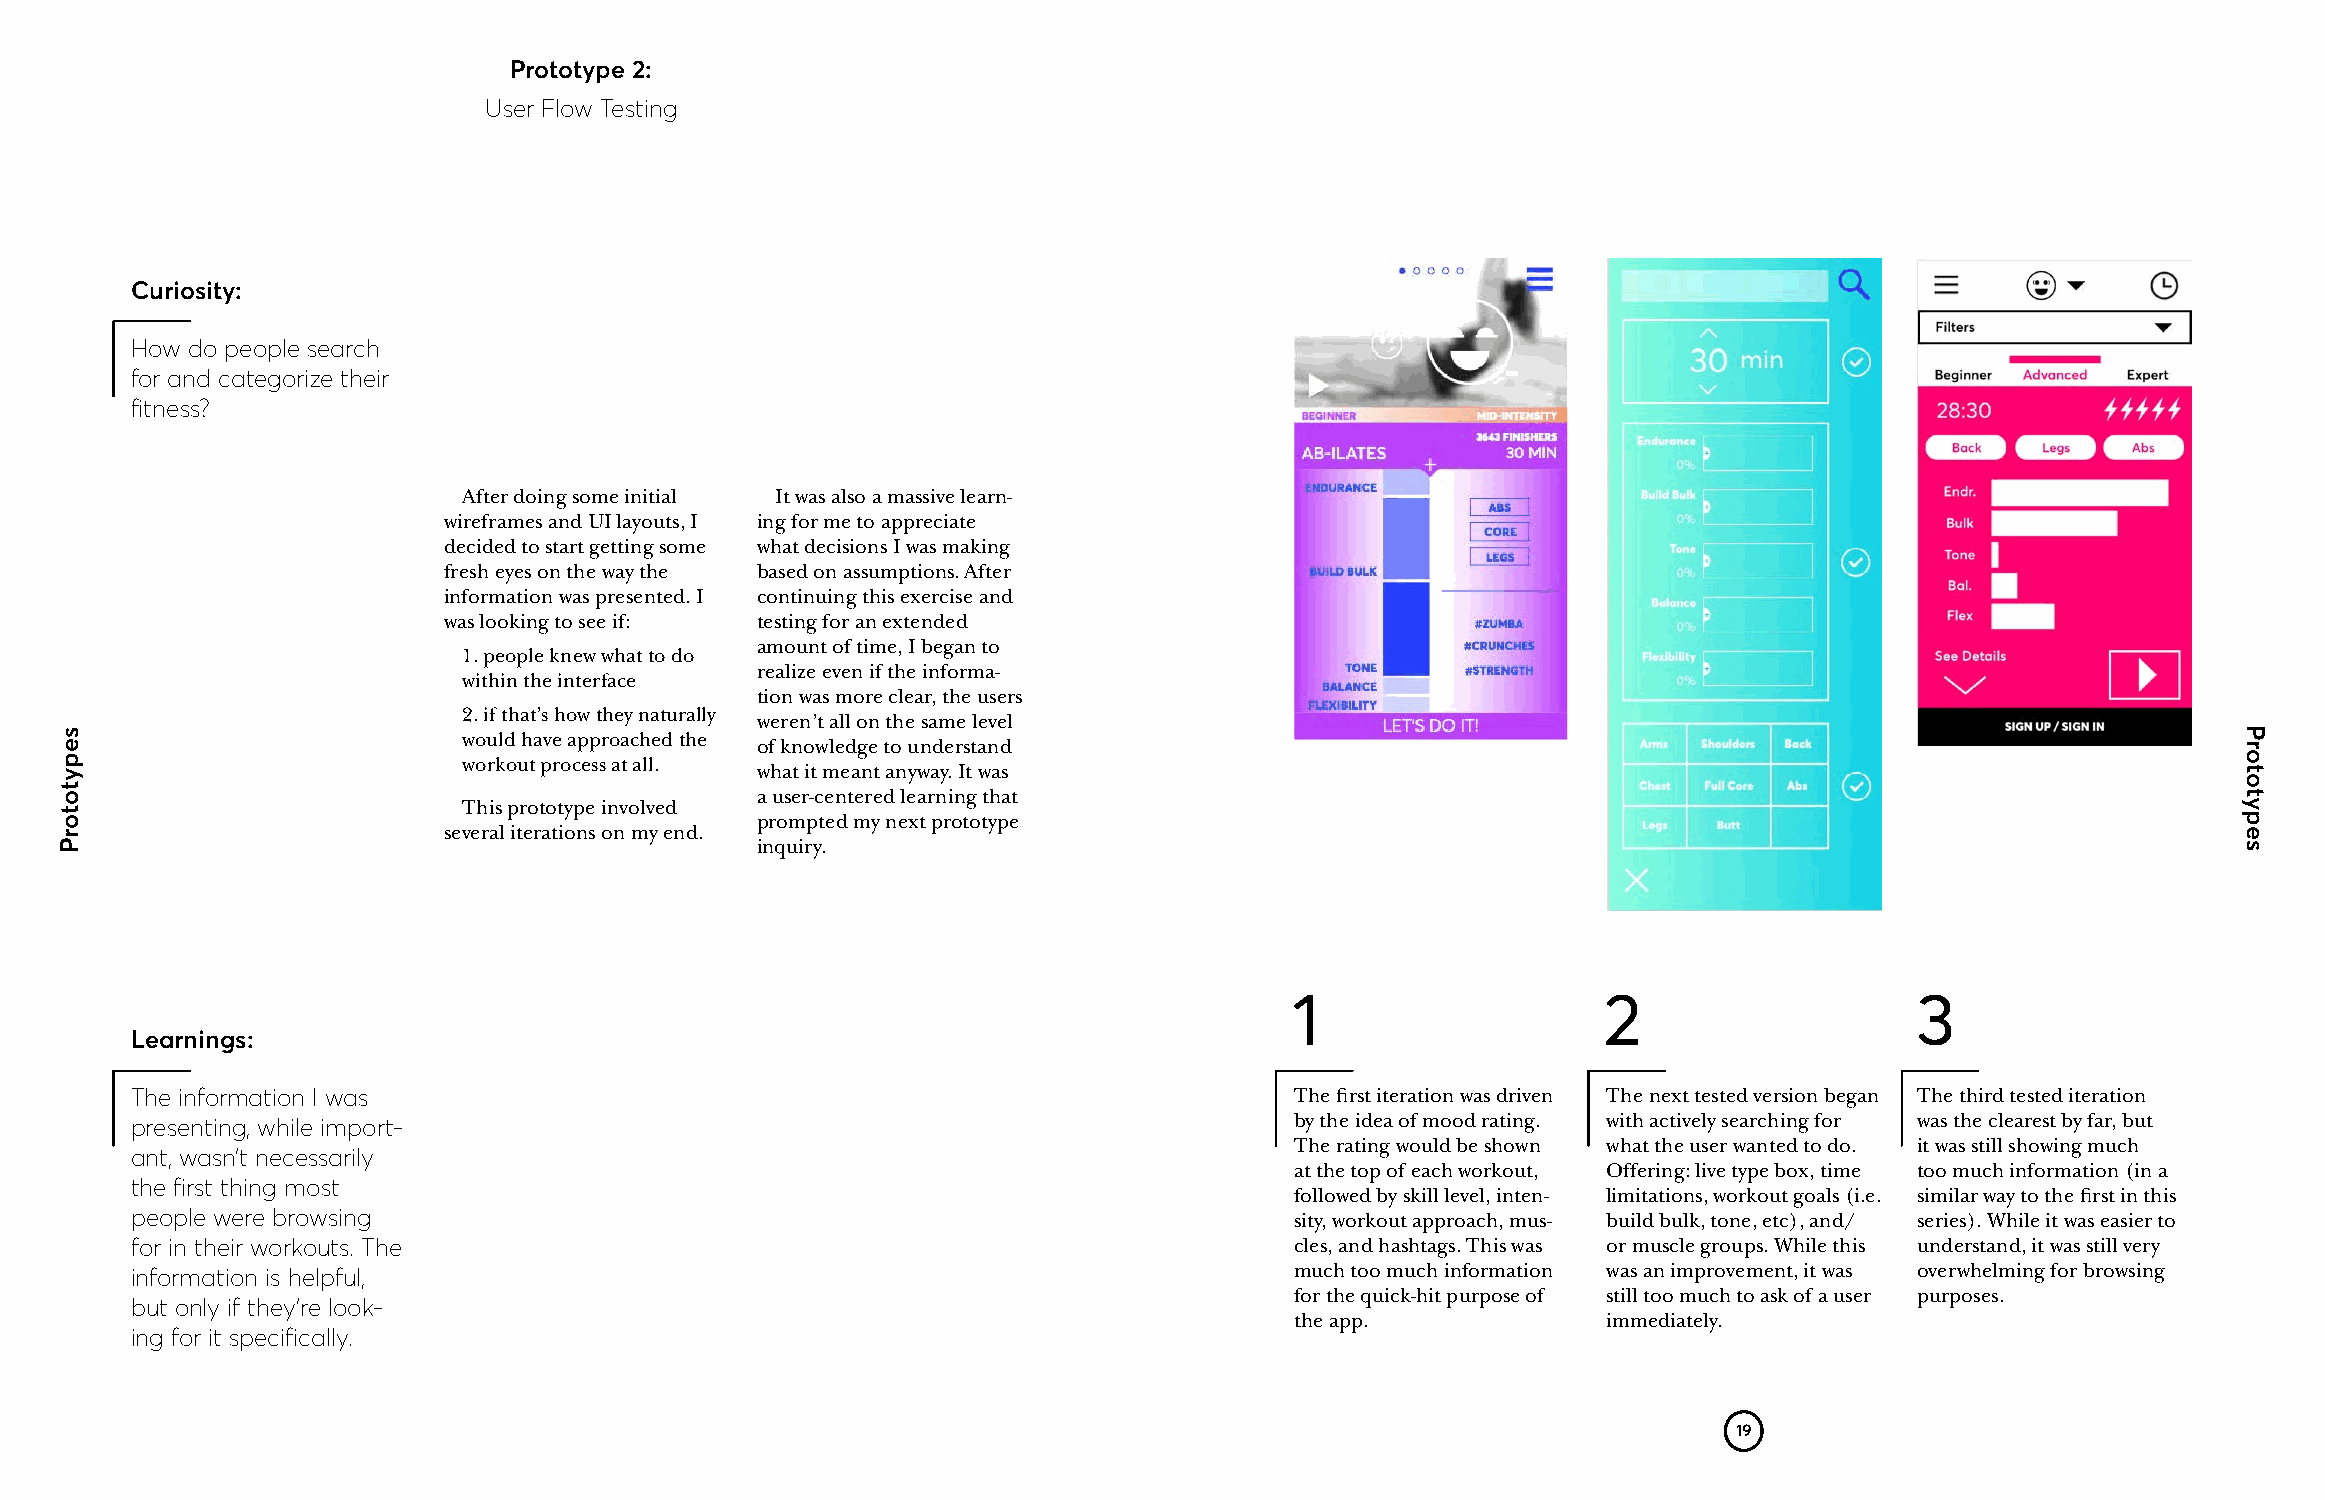
Prototype 2:
 User Flow Testing
 Curiosity:
 How do people search
 for and categorize their
 fitness?
 After doing some initial It was also a massive learn-
 wireframes and UI layouts, I ing for me to appreciate
 decided to start getting some what decisions I was making
 fresh eyes on the way the based on assumptions. After
 information was presented. I continuing this exercise and
 was looking to see if: testing for an extended
 amount of time, I began to
 1. people knew what to do
 realize even if the informa-
 within the interface
 tion was more clear, the users
 2. if that’s how they naturally weren’t all on the same level
 would have approached the of knowledge to understand
 workout process at all. what it meant anyway. It was
 a user-centered learning that
 This prototype involved
 prompted my next prototype
 several iterations on my end.
 inquiry.
 1                   2                    3
 Learnings:
 The information I was                                                        The first iteration was driven The next tested version began The third tested iteration
 by the idea of mood rating. with actively searching for was the clearest by far, but
 presenting, while import-
 The rating would be shown what the user wanted to do. it was still showing much
 ant, wasn’t necessarily
 at the top of each workout, Offering: live type box, time too much information (in a
 the first thing most
 followed by skill level, inten- limitations, workout goals (i.e. similar way to the first in this
 people were browsing                                                         sity, workout approach, mus- build bulk, tone, etc), and/ series). While it was easier to
 for in their workouts. The                                                   cles, and hashtags. This was or muscle groups. While this understand, it was still very
 much too much information was an improvement, it was overwhelming for browsing
 information is helpful,
 for the quick-hit purpose of still too much to ask of a user purposes.
 but only if they’re look-
 the app.            immediately.
 ing for it specifically.
 19
 sepytotorP                                                                                                                                      Prototypes